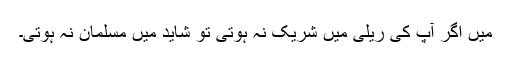
میں اگر آپ کی ریلی میں شریک نہ ہوتی تو شاید میں مسلمان نہ ہوتی۔